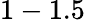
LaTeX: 1-1.5